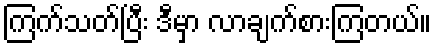
ကြက်သတ်ပြီး ဒီမှာ လာချက်စားကြတယ်။